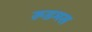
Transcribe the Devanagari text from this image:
रूडमस